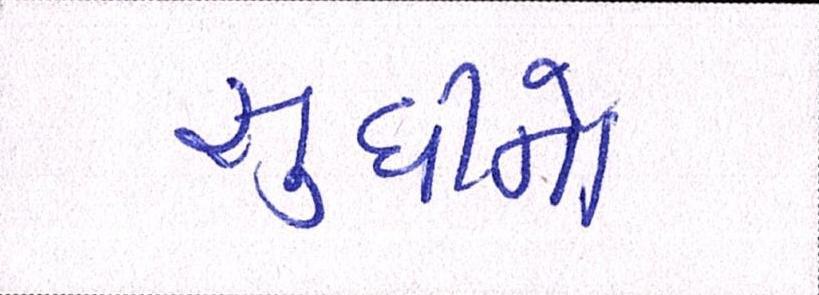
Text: સુધીનો